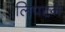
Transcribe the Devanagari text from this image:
लिपटने